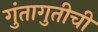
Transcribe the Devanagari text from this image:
गुंतागुतीची